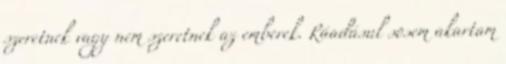
szeretnek vagy nem szeretnek az emberek. Ráadásul sosem akartam